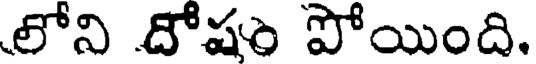
లోని దోషం పోయింది.